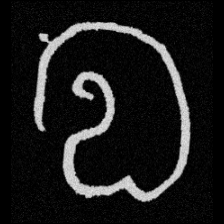
Pyu character \u2014 Myanmar letter: လ (romanized: la)